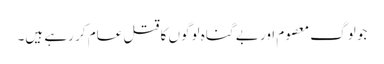
جو لوگ معصوم اور بے گناہ لوگوں کا قتلِ عام کر رہے ہیں۔